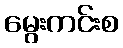
မွေးကင်းစ